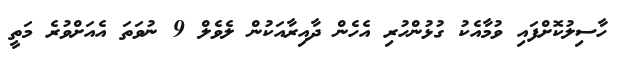
ހާސިލުކޮށްފައި ވުމާއެކު ގުޅުންހުރި އެހެން ދާއިރާއަކުން ލެވެލް 9 ނުވަތަ އެއަށްވުރެ މަތީ